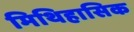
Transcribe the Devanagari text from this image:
मिथिहासिक